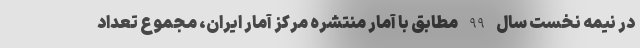
در نیمه نخست سال 99 مطابق با آمار منتشره مرکز آمار ایران، مجموع تعداد